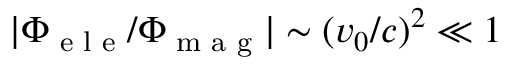
| \Phi _ { \textrm { e l e } } / \Phi _ { \textrm { m a g } } | \sim ( v _ { 0 } / c ) ^ { 2 } \ll 1